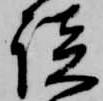
談